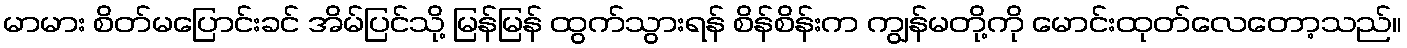
မာမား စိတ်မပြောင်းခင် အိမ်ပြင်သို့ မြန်မြန် ထွက်သွားရန် စိန်စိန်းက ကျွန်မတို့ကို မောင်းထုတ်လေတော့သည်။